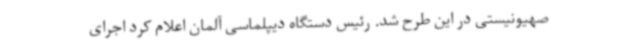
صهیونیستی در این طرح شد. رئیس دستگاه دیپلماسی آلمان اعلام کرد اجرای